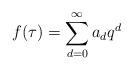
LaTeX: \begin{align*}f(\tau) = \sum_{d=0}^\infty a_dq^d\end{align*}